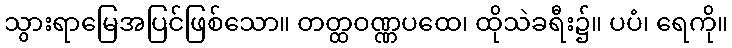
သွားရာမြေအပြင်ဖြစ်သော။ တတ္ထဝဏ္ဏပထေ၊ ထိုသဲခရီး၌။ ပပံ၊ ရေကို။